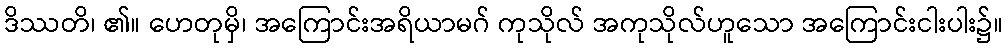
ဒိဿတိ၊ ၏။ ဟေတုမှိ၊ အကြောင်းအရိယာမဂ် ကုသိုလ် အကုသိုလ်ဟူသော အကြောင်းငါးပါး၌။